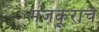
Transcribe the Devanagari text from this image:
मजकूराचे